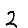
Digit: 2